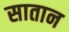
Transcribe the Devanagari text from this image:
सातान